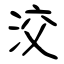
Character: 洨